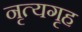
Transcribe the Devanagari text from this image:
नृत्यगृह